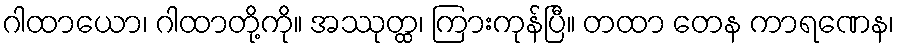
ဂါထာယော၊ ဂါထာတို့ကို။ အဿုတ္ထ၊ ကြားကုန်ပြီ။ တထာ တေန ကာရဏေန၊